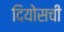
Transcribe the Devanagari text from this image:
दियोसची